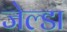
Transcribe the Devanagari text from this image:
जेल्डा